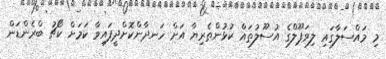
މި މައްސަލާގައި ލިވަޕޫލްގެ އުސޫލުތައް ކުޅުންތެރިޔާ އަށް ހަނދާންކޮށްދީފައިވާ ކަމަށް ކޯޗު ބްރެންޑަން